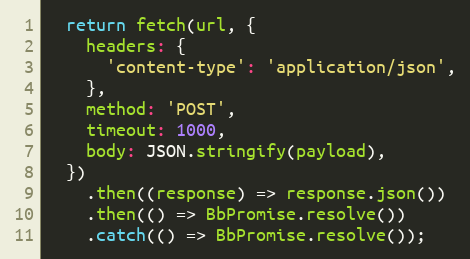
Language: JavaScript
  return fetch(url, {
    headers: {
      'content-type': 'application/json',
    },
    method: 'POST',
    timeout: 1000,
    body: JSON.stringify(payload),
  })
    .then((response) => response.json())
    .then(() => BbPromise.resolve())
    .catch(() => BbPromise.resolve());